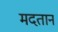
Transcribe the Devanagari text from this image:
मदतान